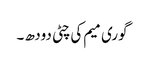
گوری میم کی چٹی دودھ ۔